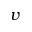
v